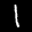
Label: 1